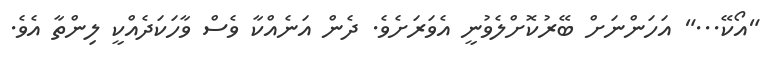
"އޯކޭ..." އަހަންނަށް ބޭރުކޮށްލެވުނީ އެވަރަށެވެ. ދެން އަނެއްކާ ވެސް ވާހަކަދެއްކީ ލިންތާ އެވެ.